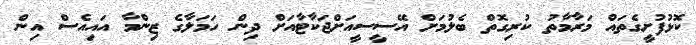
ކޮޅުފުށީގެތައް މަރާމާތު ކުރިގޮތް ބެލުމަށް އޭސީސީއަށްޖަކާޓާއަށް ދިން ހަމަލާގެ ޒިންމާ އައިއެސް އިން